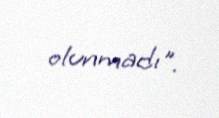
olunmadı".